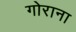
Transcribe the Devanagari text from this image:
गोराना